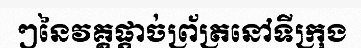
ៗនៃវគ្គផ្តាច់ព្រ័ត្រនៅទីក្រុង